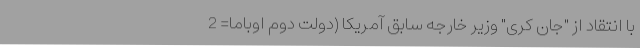
با انتقاد از "جان کری" وزیر خارجه سابق آمریکا (دولت دوم اوباما= 2